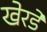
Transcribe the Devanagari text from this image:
खेरडे